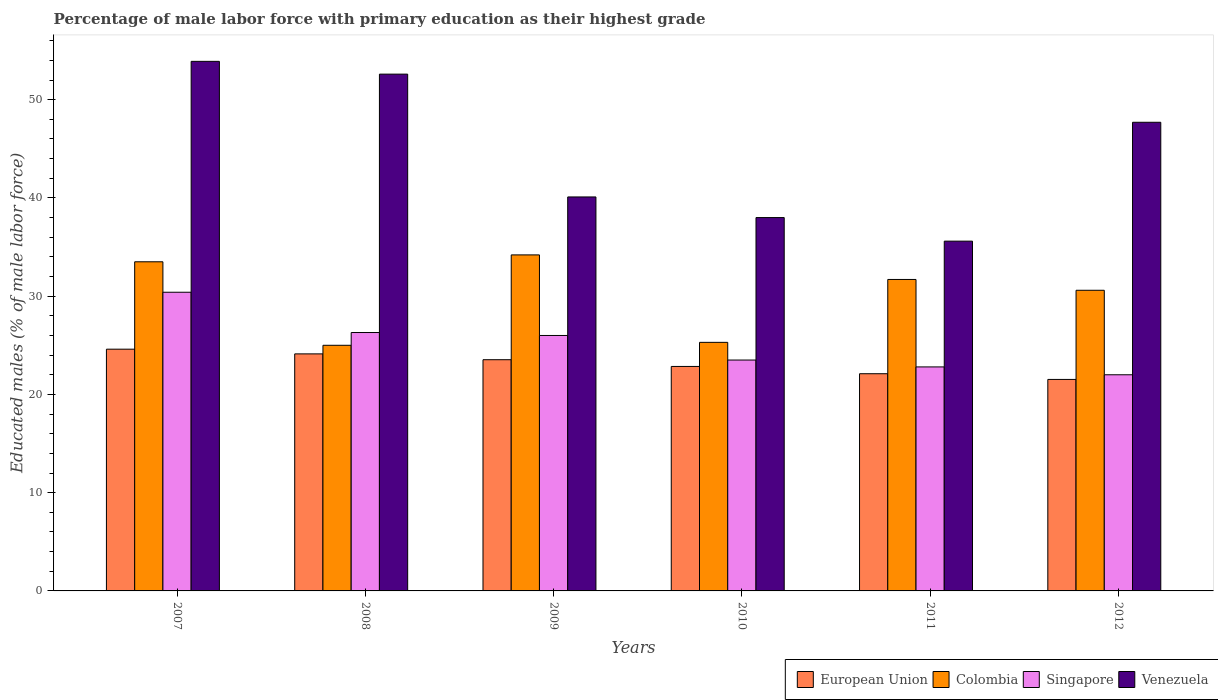
| Years | European Union | Colombia | Singapore | Venezuela |
 | --- | --- | --- | --- | --- |
 | 2007 | 24.6 | 33.5 | 30.4 | 53.9 |
 | 2008 | 24.1 | 25 | 26.3 | 52.6 |
 | 2009 | 23.5 | 34.2 | 26 | 40.1 |
 | 2010 | 22.8 | 25.3 | 23.5 | 38 |
 | 2011 | 22.1 | 31.7 | 22.8 | 35.6 |
 | 2012 | 21.5 | 30.6 | 22 | 47.7 |